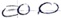
Text: E0.0